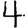
Digit: 4